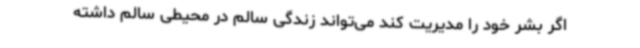
اگر بشر خود را مدیریت کند می‌تواند زندگی سالم در محیطی سالم داشته